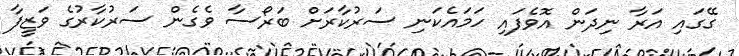
ގޭގައި އަރާ ނިދަން އޮވެފައި ހަމައެކަނި ސަރުކާރަށް ބަރޯސާ ވެގެން ސަރުކާރުގެ ވަޒީފާ